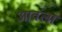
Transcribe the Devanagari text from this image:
आवंला